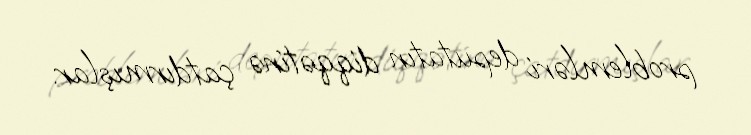
problemləri deputatın diqqətinə çatdırmışlar.